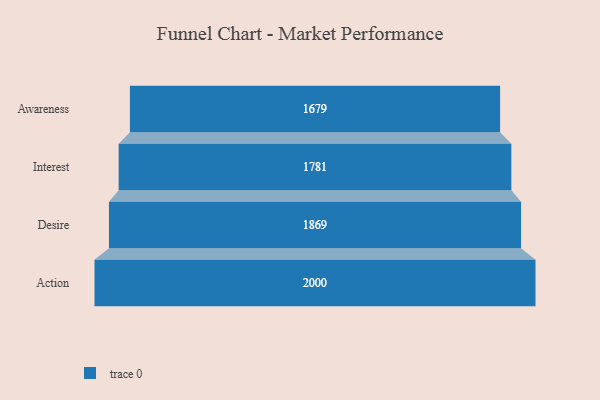
{"axis": {"x": "Stage", "y": "Value"}, "legend": [""], "data": [{"x": "Awareness", "y": 1679.0, "type": ""}, {"x": "Interest", "y": 1781.0, "type": ""}, {"x": "Desire", "y": 1869.0, "type": ""}, {"x": "Action", "y": 2000, "type": ""}]}